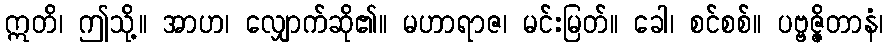
ဣတိ၊ ဤသို့။ အာဟ၊ လျှောက်ဆို၏။ မဟာရာဇ၊ မင်းမြတ်။ ခေါ၊ စင်စစ်။ ပဗ္ဗဇ္ဇိတာနံ၊